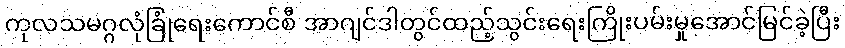
ကုလသမဂ္ဂလုံခြုံရေးကောင်စီ အာဂျင်ဒါတွင်ထည့်သွင်းရေးကြိုးပမ်းမှုအောင်မြင်ခဲ့ပြီး